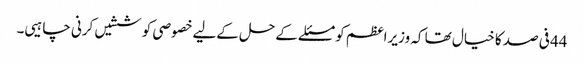
44فی صد کا خیال تھا کہ وزیراعظم کو مسئلے کےحل کےلیےخصوصی کوششیں کرنی چاہیی۔